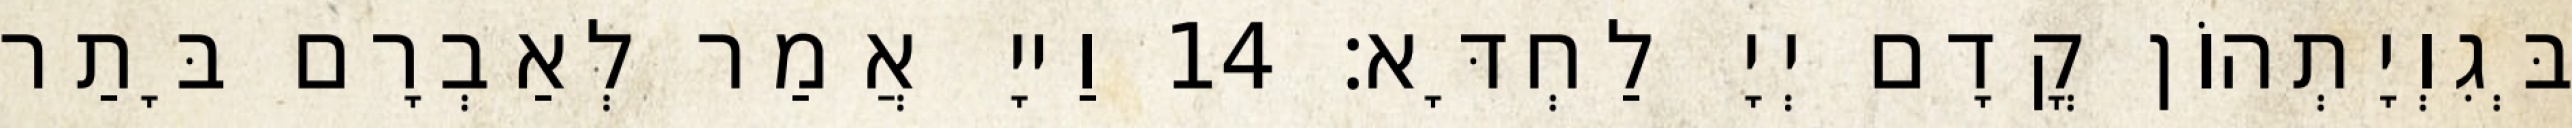
בְּגִוְיָתְהוֹן קֳדָם יְיָ לַחְדָּא׃ 14 וַייָ אֲמַר לְאַבְרָם בָּתַר